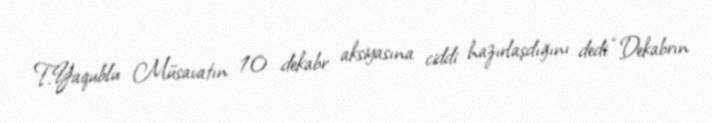
T.Yaqublu Müsavatın 10 dekabr aksiyasına ciddi hazırlaşdığını dedi: “Dekabrın